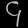
Digit: ၄